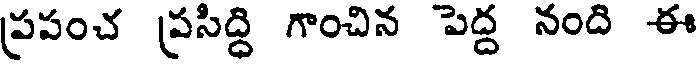
ప్రపంచ ప్రసిద్ది గాంచిన పెద్ద నంది ఈ